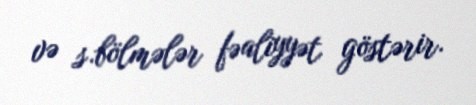
və s.bölmələr fəaliyyət göstərir.